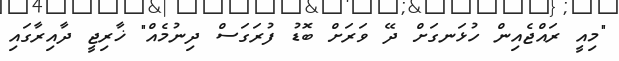
"މިއީ ރައްޖެއިން ހުޅަނގަށް ދޭ ވަރަށް ބޮޑު ފުރަގަސް ދިނުމެއް" ޚާރިޖީ ދާއިރާގައި